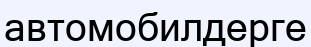
автомобилдерге